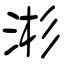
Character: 涁